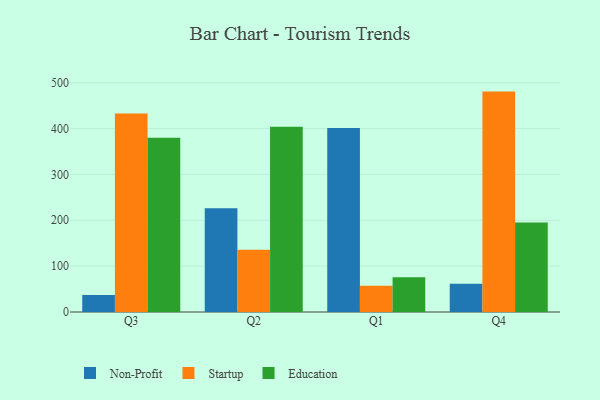
{"axis": {"x": "Quarter", "y": "Churn Rate (%)"}, "legend": ["Education", "Non-Profit", "Startup"], "data": [{"x": "Q3", "y": 36.8, "type": "Non-Profit"}, {"x": "Q3", "y": 432.7, "type": "Startup"}, {"x": "Q3", "y": 380.2, "type": "Education"}, {"x": "Q2", "y": 226.3, "type": "Non-Profit"}, {"x": "Q2", "y": 135.7, "type": "Startup"}, {"x": "Q2", "y": 404.0, "type": "Education"}, {"x": "Q1", "y": 401.3, "type": "Non-Profit"}, {"x": "Q1", "y": 57.5, "type": "Startup"}, {"x": "Q1", "y": 75.9, "type": "Education"}, {"x": "Q4", "y": 61.5, "type": "Non-Profit"}, {"x": "Q4", "y": 480.6, "type": "Startup"}, {"x": "Q4", "y": 194.9, "type": "Education"}]}